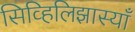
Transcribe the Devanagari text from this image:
सिव्हिलिझास्याँ